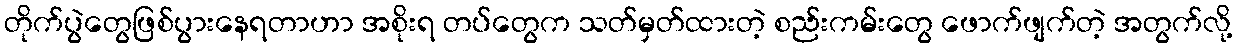
တိုက်ပွဲတွေဖြစ်ပွားနေရတာဟာ အစိုးရ တပ်တွေက သတ်မှတ်ထားတဲ့ စည်းကမ်းတွေ ဖောက်ဖျက်တဲ့ အတွက်လို့